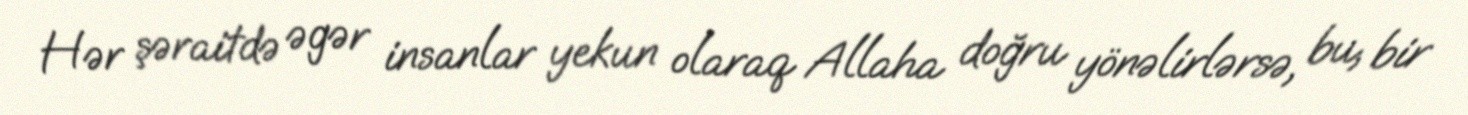
Hər şəraitdə əgər insanlar yekun olaraq Allaha doğru yönəlirlərsə, bu, bir